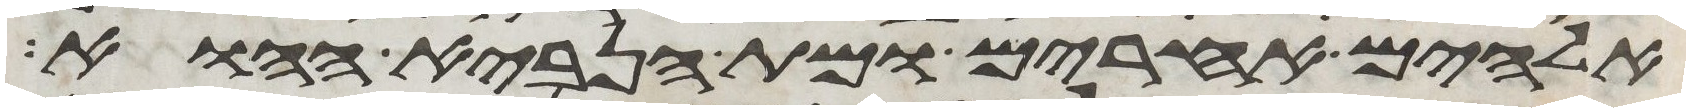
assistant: אלהים אחרים ומת הנביא ההוא